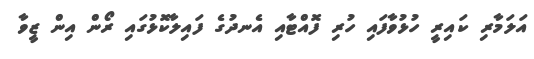
އަލަމާރި ކައިރީ ހުޅުވާފައި ހުރި ފޮއްޓާއި އެނދުގެ ފައިލާކޮޅުގައި ރޯން އިން ޒީވާ